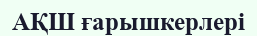
АҚШ ғарышкерлері